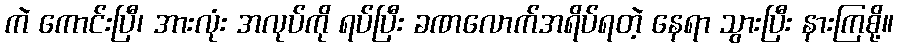
ကဲ ကောင်းပြီ၊ အားလုံး အလုပ်ကို ရပ်ပြီး ခဏလောက်အရိပ်ရတဲ့ နေရာ သွားပြီး နားကြစို့။